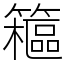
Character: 䉩